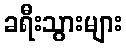
ခရီးသွားများ